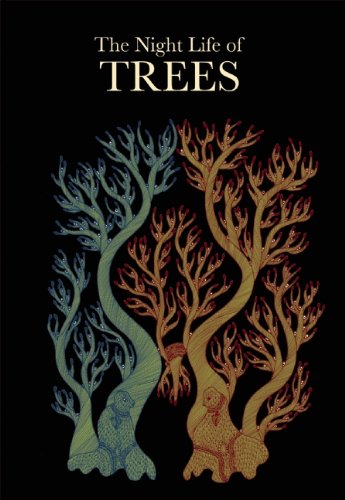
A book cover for The Night Life of Trees; Literature & Fiction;